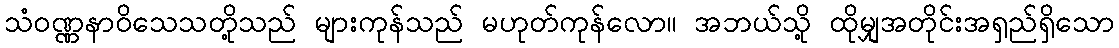
သံဝဏ္ဏနာဝိသေသတို့သည် များကုန်သည် မဟုတ်ကုန်လော။ အဘယ်သို့ ထိုမျှအတိုင်းအရှည်ရှိသော